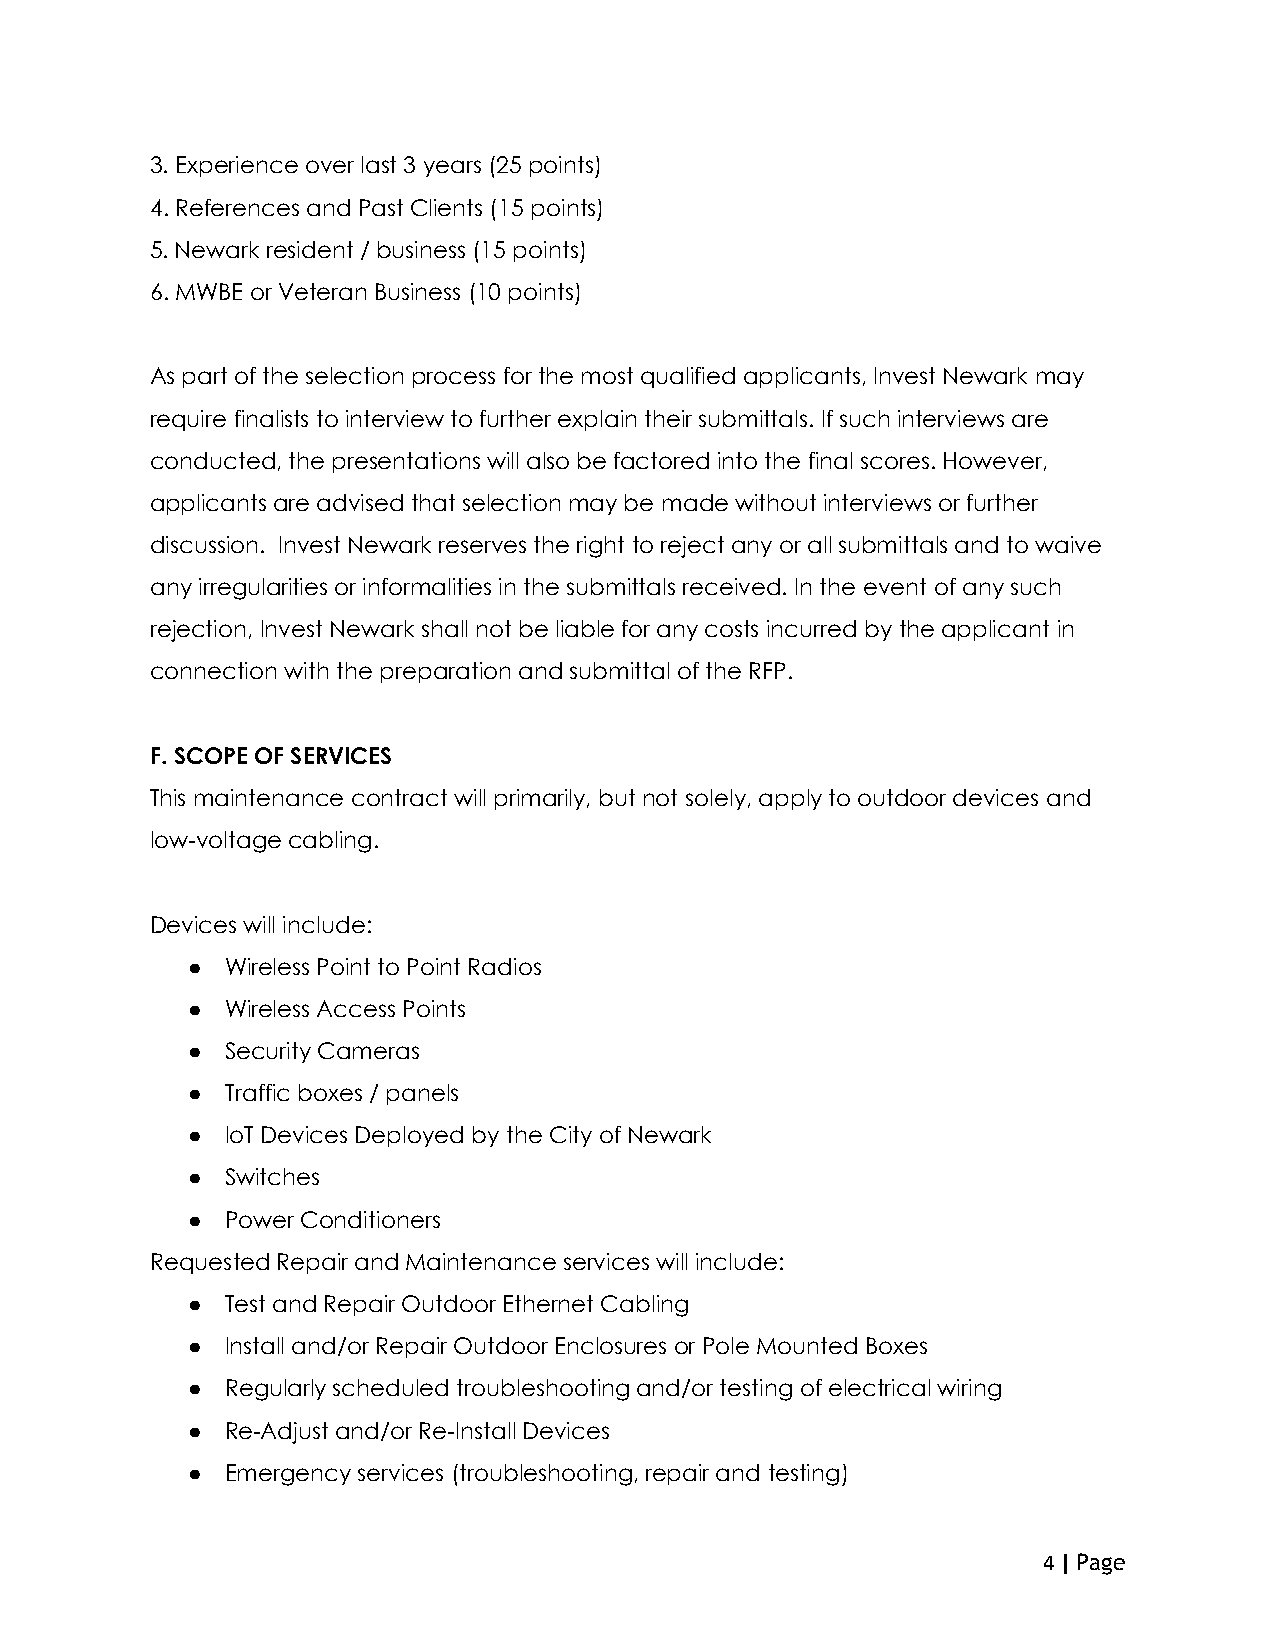
3. Experience over last 3 years (25 points)
 4. References and Past Clients (15 points)
 5. Newark resident / business (15 points)
 6. MWBE or Veteran Business (10 points)
 As part of the selection process for the most qualified applicants, Invest Newark may
 require finalists to interview to further explain their submittals. If such interviews are
 conducted, the presentations will also be factored into the final scores. However,
 applicants are advised that selection may be made without interviews or further
 discussion. Invest Newark reserves the right to reject any or all submittals and to waive
 any irregularities or informalities in the submittals received. In the event of any such
 rejection, Invest Newark shall not be liable for any costs incurred by the applicant in
 connection with the preparation and submittal of the RFP.
 F. SCOPE OF SERVICES
 This maintenance contract will primarily, but not solely, apply to outdoor devices and
 low-voltage cabling.
 Devices will include:
 ●  Wireless Point to Point Radios
 ●  Wireless Access Points
 ●  Security Cameras
 ●  Traffic boxes / panels
 ●  IoT Devices Deployed by the City of Newark
 ●  Switches
 ●  Power Conditioners
 Requested Repair and Maintenance services will include:
 ●  Test and Repair Outdoor Ethernet Cabling
 ●  Install and/or Repair Outdoor Enclosures or Pole Mounted Boxes
 ●  Regularly scheduled troubleshooting and/or testing of electrical wiring
 ●  Re-Adjust and/or Re-Install Devices
 ●  Emergency services (troubleshooting, repair and testing)
 4 | Page